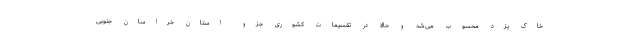
خاک یزد محسوب می‌شد و حالا در تقسیمات کشوری جزو استان خراسان جنوبی